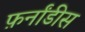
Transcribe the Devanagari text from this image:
फ़र्नांडीस